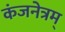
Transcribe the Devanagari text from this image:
कंजनेत्रम्‌